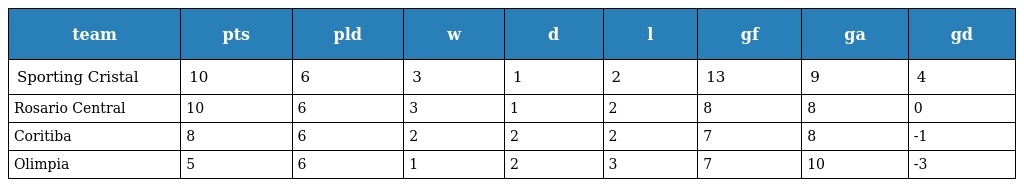
| team | pts | pld | w | d | l | gf | ga | gd |
 | --- | --- | --- | --- | --- | --- | --- | --- | --- |
 | Sporting Cristal | 10 | 6 | 3 | 1 | 2 | 13 | 9 | 4 |
 | Rosario Central | 10 | 6 | 3 | 1 | 2 | 8 | 8 | 0 |
 | Coritiba | 8 | 6 | 2 | 2 | 2 | 7 | 8 | -1 |
 | Olimpia | 5 | 6 | 1 | 2 | 3 | 7 | 10 | -3 |